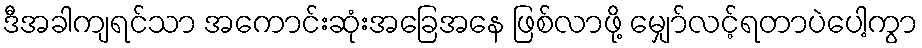
ဒီအခါကျရင်သာ အကောင်းဆုံးအခြေအနေ ဖြစ်လာဖို့ မျှော်လင့်ရတာပဲပေါ့ကွာ